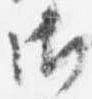
御